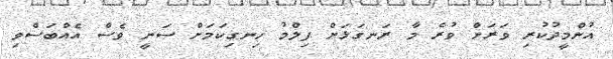
އުންމީދުކުރި ވަރަށް ވުރެ މާ ރަނގަޅަށް ފިލްމު ހިނގިކަމަށް ސަނީ ވެސް އެއްބަސްވި